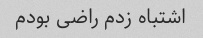
اشتباه زدم راضى بودم